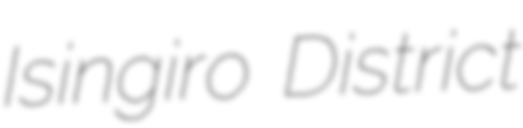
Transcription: Isingiro District